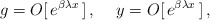
\begin{align*}\,g= O[\,e^{\beta\lambda x }\,] \,, \hspace{0.5cm}y = O[\,e^{\beta\lambda x }\,] \,,\end{align*}